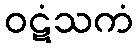
ဝဋံသကံ